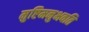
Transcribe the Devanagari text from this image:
मुष्टिमनुभवति